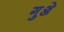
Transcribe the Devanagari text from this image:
गुञ्जे